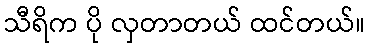
သီရိက ပို လှတာတယ် ထင်တယ်။